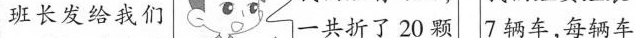
班长发给我们 一共折了20颗 7辆车，每辆车